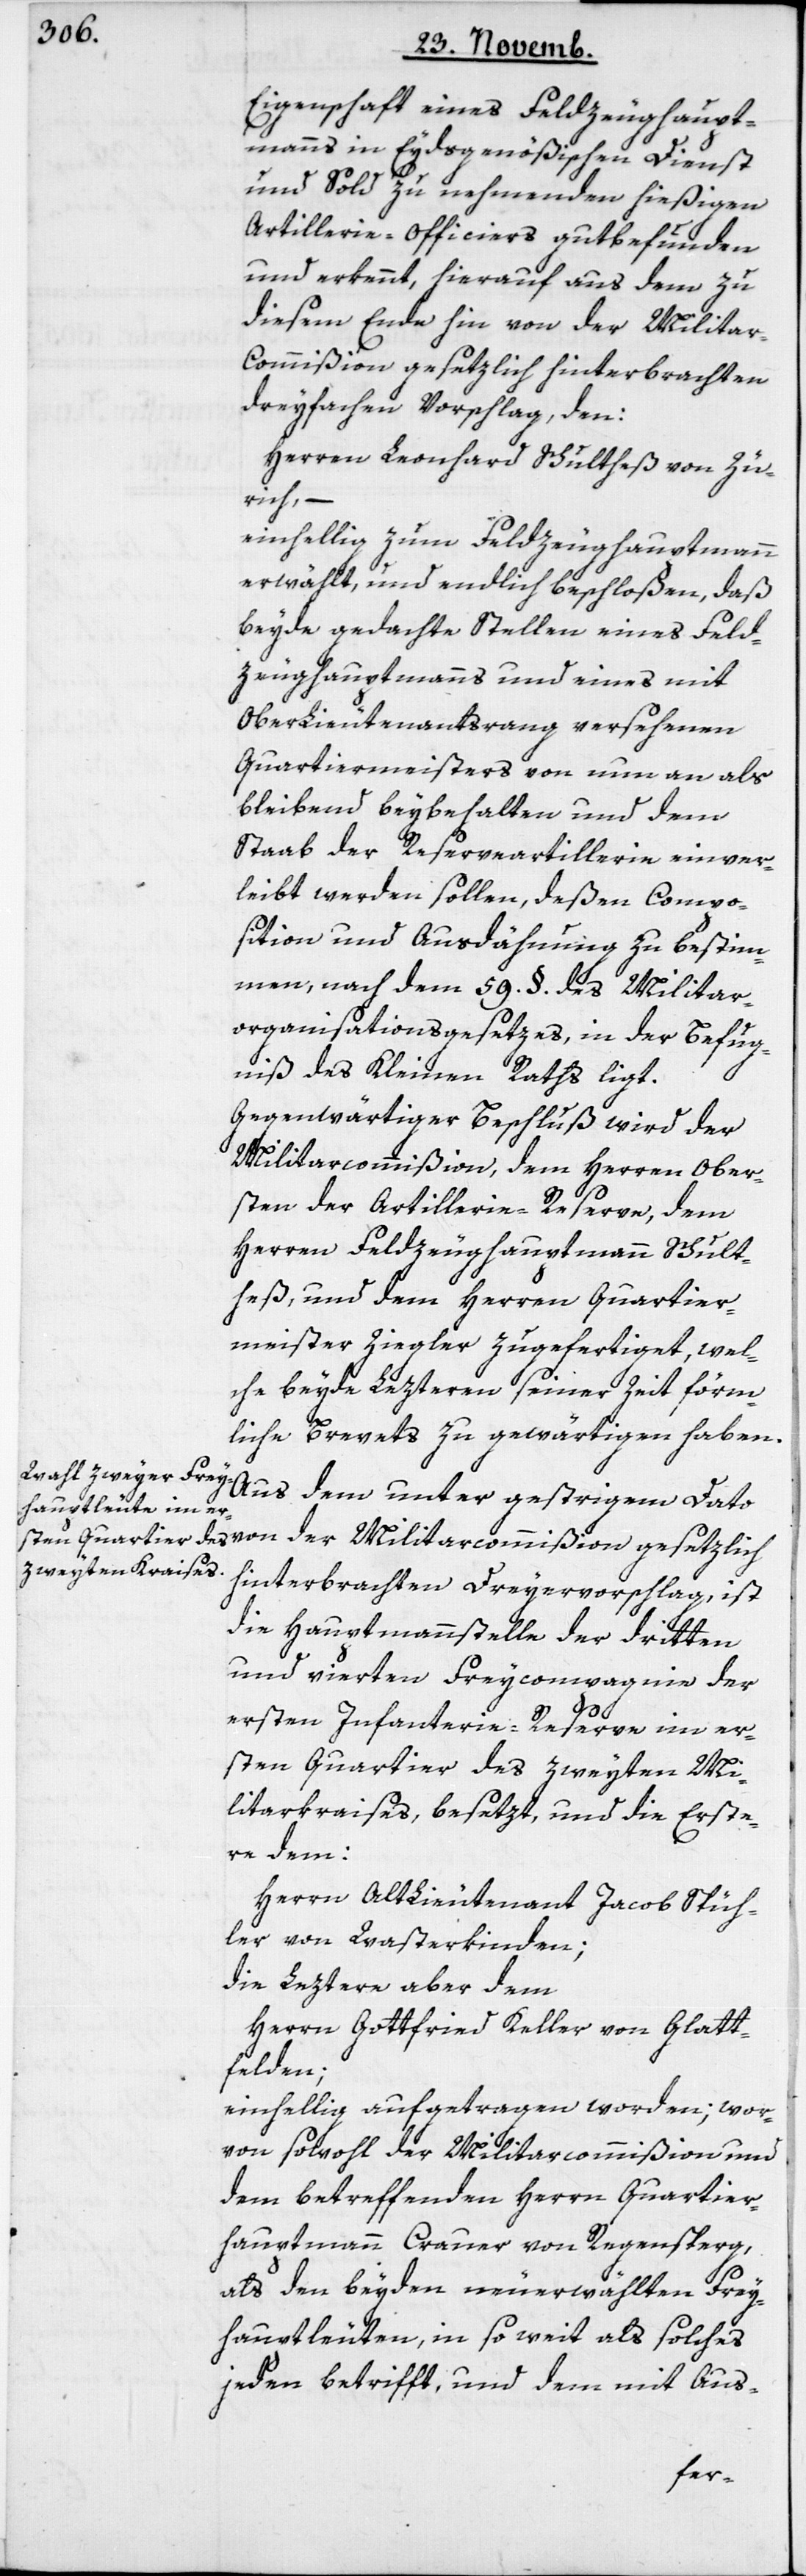
Eigenschaft eines Feldzeughaupt¬
manns in Eydsgenößischen Dienst
und Sold zu nehmenden hießigen
Artillerie-Officiers gutbefunden
und erkennt, hierauf aus dem zu
diesem Ende hin von der Milita¬
r-Commißion gesetzlich hinterbrachten
dreyfachen Vorschlag, den:
Herren Leonhard Schultheß von Zü¬
rich, –
einhellig zum Feldzeughauptmann
erwählt, und endlich beschloßen, daß
beyde gedachte Stellen eines Feld¬
zeughauptmanns und eines mit
OberLieutenantsrang versehenen
Quartiermeisters von nun an als
bleibend beybehalten und dem
Staab der Reserveartillerie einver¬
leibt werden sollen, deßen Compo¬
sition und Ausdähnung zu bestim¬
men, nach dem 59. §. des Militar¬
organisationsgesetzes, in der Befug¬
niß des Kleinen Raths ligt.
Gegenwärtiger Beschluß wird der
Militarcommißion, dem Herrn Ober¬
sten der Artillerie-Reserve, dem
Herren Feldzeughauptmann Schult¬
heß, und dem Herren Quartier¬
meister Ziegler zugefertiget, wel¬
che beyde Lezteren seiner Zeit förm¬
liche Brevets zu gewärtigen haben.
Aus dem unter gestrigem Dato
hinterbrachten Dreyervorschlag, ist
die Hauptmannsstelle der dritten
und vierten Freycompagnie der
ersten Infanterie-Reserve im er¬
sten Quartier des zweyten Mi¬
litarkraises, besetzt, und die Erste¬
re dem:
Herrn AltLieutenant Jacob Spüh¬
ler von Wasterkinden;
die Leztere aber dem
Herrn Gottfried Keller von Glatt¬
felden;
einhellig aufgetragen worden; wor¬
von sowohl der Militarcommißion und
dem betreffenden Herrn Quartier¬
hauptmann Crauer von Regensberg,
als den beyden neuerwählten Frey¬
hauptleuten, in so weit als solches
jeden betrifft, und dem mit Aus-